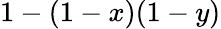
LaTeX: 1-(1-x)(1-y)